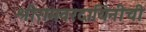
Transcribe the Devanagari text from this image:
श्रीरामवरदायिनीची